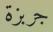
جربزة